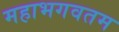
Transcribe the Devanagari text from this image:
महाभगवतम